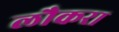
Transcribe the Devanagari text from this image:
लौकरा